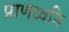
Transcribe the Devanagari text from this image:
प्राणध्वनि